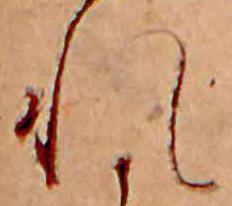
れ